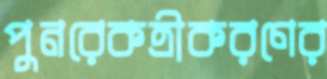
পুনরেকত্রীকরণের